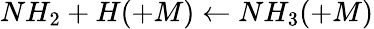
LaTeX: NH_{2}+H(+M)\leftarrow NH_{3}(+M)